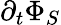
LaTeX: \partial_{t}\Phi_{S}